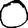
Digit: 0